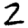
Digit: 2